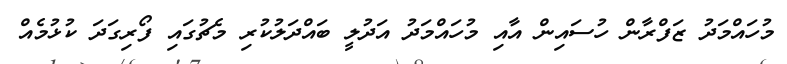
މުހައްމަދު ޒަފްރާން ހުސައިން އާއި މުހައްމަދު އަދުލީ ބައްދަލުކުރި މެޗުގައި ފޯރިގަދަ ކުޅުމެއް